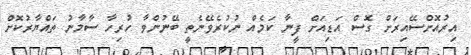
އިރުއޮށްސޭއިރަށް ގޮސް އަޑިއަށް ފީނާ ކަމެއް ނުކުރެވޭނެތީ ބޭނުންވާ ހުރިހާ ސާމާނު ތައްޔާރުކޮށް